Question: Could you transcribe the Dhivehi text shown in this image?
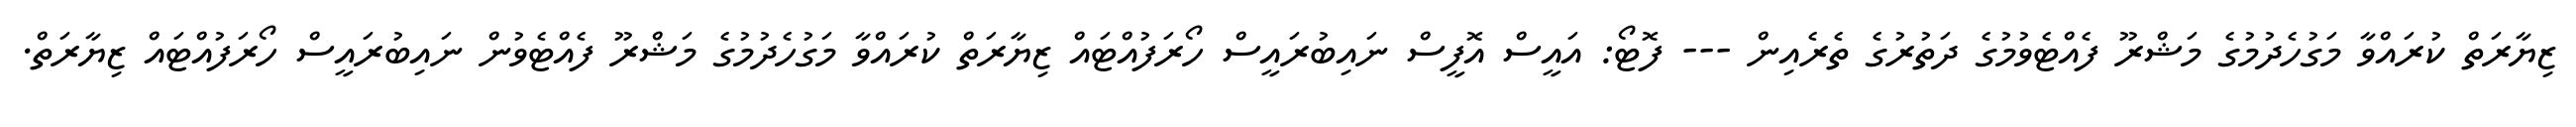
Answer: ޒިޔާރަތް ކުރައްވާ މަގުހެދުމުގެ މަޝްރޫ ފެއްޓެވުމުގެ ދަތުރުގެ ތެރެއިން --- ފޮޓޯ: އައީސް އޮފީސް ނައިބުރައީސް ހޯރަފުއްޓައް ޒިޔާރަތް ކުރައްވާ މަގުހެދުމުގެ މަޝްރޫ ފެއްޓެވުން ނައިބުރައީސް ހޯރަފުއްޓައް ޒިޔާރަތް.